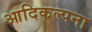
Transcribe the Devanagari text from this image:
आदिकल्पना